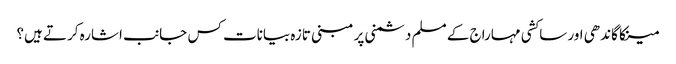
مینکا گاندھی اور ساکشی مہاراج کے مسلم دشمنی پر مبنی تازہ بیانات کس جانب اشارہ کرتے ہیں؟